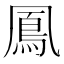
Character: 鳳